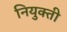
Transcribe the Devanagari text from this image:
नियुक्‍ती